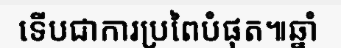
ទើបជាការប្រពៃបំផុត៕ឆ្នាំ